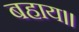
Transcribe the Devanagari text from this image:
बहाय॥